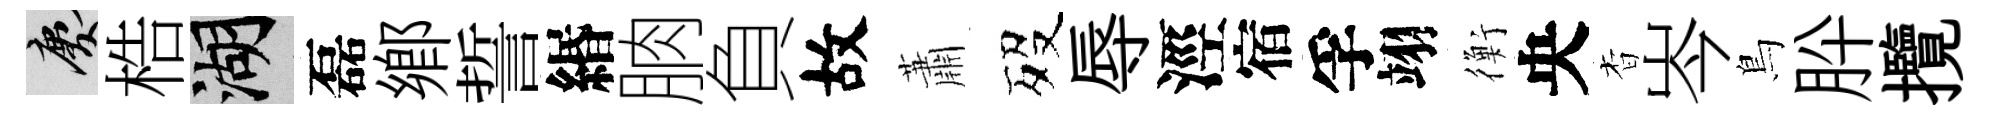
慶梏湖磊鄕誓緡朒負故蕭歿辱涇宿孚翊衡央杳岑鳥肸攬